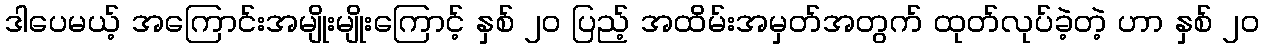
ဒါပေမယ့် အကြောင်းအမျိုးမျိုးကြောင့် နှစ် ၂၀ ပြည့် အထိမ်းအမှတ်အတွက် ထုတ်လုပ်ခဲ့တဲ့ ဟာ နှစ် ၂၀